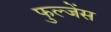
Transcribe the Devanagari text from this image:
फुल्जेंस